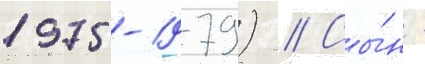
1975-1979) // Сы́н -